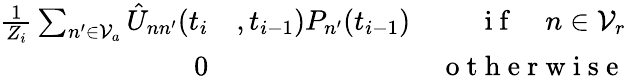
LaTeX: \begin{array}{rlr}{\frac{1}{Z_{i}}\sum_{n^{\prime}\in\mathcal{V}_{a}}\hat{U}_{nn^{\prime}}(t_{i}}&{{},t_{i-1})P_{n^{\prime}}(t_{i-1})}&{\mathrm{~i~f~}\quad n\in\mathcal{V}_{r}}\\ {0}&{{}}&{\mathrm{~o~t~h~e~r~w~i~s~e~}}\end{array}